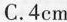
C.4cm